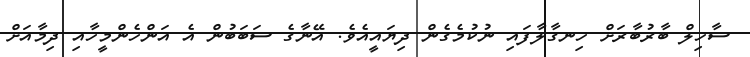
ސާހިލް ބާރުބާރަށް ހިނގާލާފައި ނުކުމެގެން ދިޔައީއެވެ. އޭނާގެ ސަބަބުން އެ އަންހެންމީހާއި ދިމާއަށް